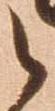
之